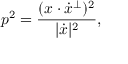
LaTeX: p ^ { 2 } = { \frac { ( x \cdot { \dot { x } } ^ { \perp } ) ^ { 2 } } { | { \dot { x } } | ^ { 2 } } } ,